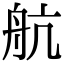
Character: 航